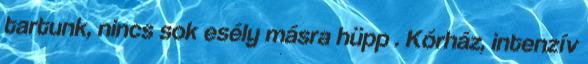
tartunk, nincs sok esély másra hüpp . Kórház, intenzív